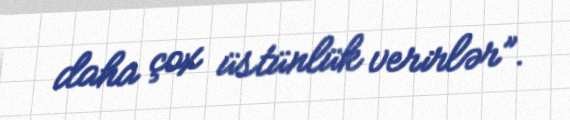
daha çox üstünlük verirlər”.